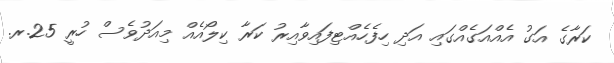
ކަރާގެ އަގު އެއްއަގެއްގައި އަދި ހިފެހެއްޓިފައިވާއިރު ކަރާ ކިލޯއެއް މިއަދުވެސް ހުރީ 25.ރ.